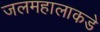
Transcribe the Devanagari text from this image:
जलमहालाकडे